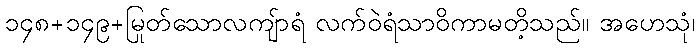
၁၄၈+၁၄၉+မြတ်သောလကျ်ာရံ လက်ဝဲရံသာဝိကာမတို့သည်။ အဟေသုံ၊